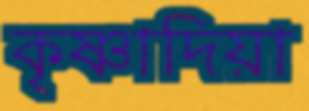
কৃষ্ণাদিয়া